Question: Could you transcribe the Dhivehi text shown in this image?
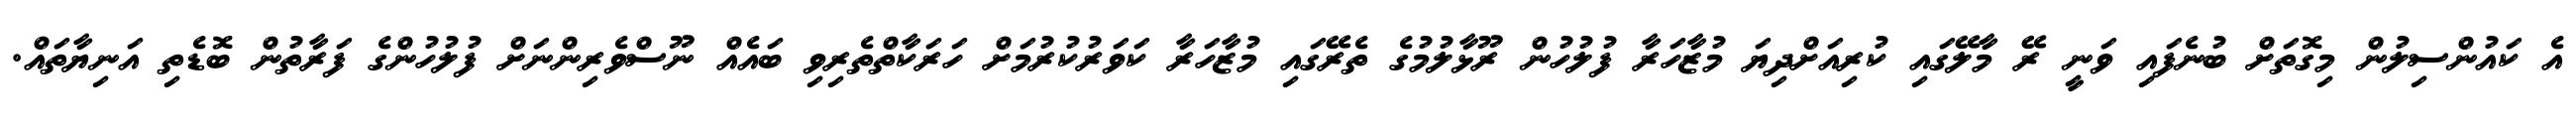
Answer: އެ ކައުންސިލުން މިގޮތަށް ބުނެފައި ވަނީ ރޭ މާލޭގައި ކުރިއަށްދިޔަ މުޒާހަރާ ފުލުހުން ރޫޅާލުމުގެ ތެރޭގައި މުޒާހަރާ ކަވަރުކުރުމަށް ހަރަކާތްތެރިވި ބައެއް ނޫސްވެރިންނަށް ފުލުހުންގެ ފަރާތުން ބޮޑެތި އަނިޔާތައް.